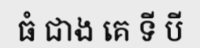
ធំ ជាង គេ ទី បី